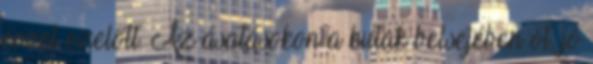
évvel ezelőtt. Az ásatásokon a kutak belsejében öt, jó